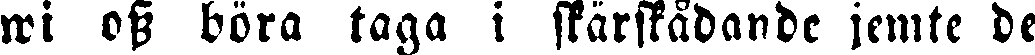
wi oss böra taga i skärskådande jemte de